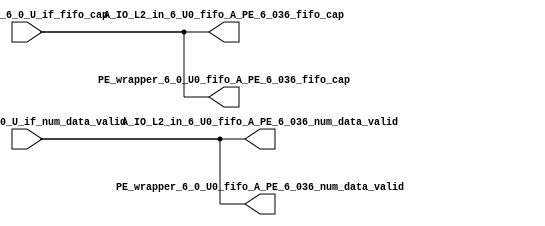
// ==================================================
// RTL generated by RapidStream
//
// Copyright 2024 RapidStream Design Automation, Inc.
// All Rights Reserved.
// ==================================================
`timescale 1 ns / 1 ps
module __rs_kernel3_aux_split_aux_19 #(
    parameter C_S_AXI_CONTROL_DATA_WIDTH  = 32,
    parameter C_S_AXI_CONTROL_ADDR_WIDTH  = 6,
    parameter C_S_AXI_DATA_WIDTH          = 32,
    parameter C_M_AXI_GMEM_A_ID_WIDTH     = 1,
    parameter C_M_AXI_GMEM_A_ADDR_WIDTH   = 64,
    parameter C_M_AXI_GMEM_A_DATA_WIDTH   = 512,
    parameter C_M_AXI_GMEM_A_AWUSER_WIDTH = 1,
    parameter C_M_AXI_GMEM_A_ARUSER_WIDTH = 1,
    parameter C_M_AXI_GMEM_A_WUSER_WIDTH  = 1,
    parameter C_M_AXI_GMEM_A_RUSER_WIDTH  = 1,
    parameter C_M_AXI_GMEM_A_BUSER_WIDTH  = 1,
    parameter C_M_AXI_GMEM_A_USER_VALUE   = 0,
    parameter C_M_AXI_GMEM_A_PROT_VALUE   = 0,
    parameter C_M_AXI_GMEM_A_CACHE_VALUE  = 3,
    parameter C_M_AXI_DATA_WIDTH          = 32,
    parameter C_M_AXI_GMEM_B_ID_WIDTH     = 1,
    parameter C_M_AXI_GMEM_B_ADDR_WIDTH   = 64,
    parameter C_M_AXI_GMEM_B_DATA_WIDTH   = 512,
    parameter C_M_AXI_GMEM_B_AWUSER_WIDTH = 1,
    parameter C_M_AXI_GMEM_B_ARUSER_WIDTH = 1,
    parameter C_M_AXI_GMEM_B_WUSER_WIDTH  = 1,
    parameter C_M_AXI_GMEM_B_RUSER_WIDTH  = 1,
    parameter C_M_AXI_GMEM_B_BUSER_WIDTH  = 1,
    parameter C_M_AXI_GMEM_B_USER_VALUE   = 0,
    parameter C_M_AXI_GMEM_B_PROT_VALUE   = 0,
    parameter C_M_AXI_GMEM_B_CACHE_VALUE  = 3,
    parameter C_M_AXI_GMEM_C_ID_WIDTH     = 1,
    parameter C_M_AXI_GMEM_C_ADDR_WIDTH   = 64,
    parameter C_M_AXI_GMEM_C_DATA_WIDTH   = 512,
    parameter C_M_AXI_GMEM_C_AWUSER_WIDTH = 1,
    parameter C_M_AXI_GMEM_C_ARUSER_WIDTH = 1,
    parameter C_M_AXI_GMEM_C_WUSER_WIDTH  = 1,
    parameter C_M_AXI_GMEM_C_RUSER_WIDTH  = 1,
    parameter C_M_AXI_GMEM_C_BUSER_WIDTH  = 1,
    parameter C_M_AXI_GMEM_C_USER_VALUE   = 0,
    parameter C_M_AXI_GMEM_C_PROT_VALUE   = 0,
    parameter C_M_AXI_GMEM_C_CACHE_VALUE  = 3,
    parameter C_S_AXI_CONTROL_WSTRB_WIDTH = 4,
    parameter C_S_AXI_WSTRB_WIDTH         = 4,
    parameter C_M_AXI_GMEM_A_WSTRB_WIDTH  = 64,
    parameter C_M_AXI_WSTRB_WIDTH         = 4,
    parameter C_M_AXI_GMEM_B_WSTRB_WIDTH  = 64,
    parameter C_M_AXI_GMEM_C_WSTRB_WIDTH  = 64
) (
    output wire [1:0] A_IO_L2_in_6_U0_fifo_A_PE_6_036_fifo_cap,
    output wire [1:0] A_IO_L2_in_6_U0_fifo_A_PE_6_036_num_data_valid,
    output wire [1:0] PE_wrapper_6_0_U0_fifo_A_PE_6_036_fifo_cap,
    output wire [1:0] PE_wrapper_6_0_U0_fifo_A_PE_6_036_num_data_valid,
    input wire  [1:0] fifo_A_PE_6_0_U_if_fifo_cap,
    input wire  [1:0] fifo_A_PE_6_0_U_if_num_data_valid
);
assign A_IO_L2_in_6_U0_fifo_A_PE_6_036_fifo_cap = fifo_A_PE_6_0_U_if_fifo_cap;
assign A_IO_L2_in_6_U0_fifo_A_PE_6_036_num_data_valid = fifo_A_PE_6_0_U_if_num_data_valid;
assign PE_wrapper_6_0_U0_fifo_A_PE_6_036_fifo_cap = fifo_A_PE_6_0_U_if_fifo_cap;
assign PE_wrapper_6_0_U0_fifo_A_PE_6_036_num_data_valid = fifo_A_PE_6_0_U_if_num_data_valid;
endmodule